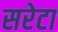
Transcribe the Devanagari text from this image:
सरेटा